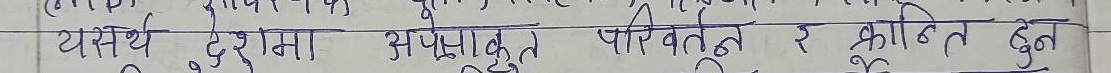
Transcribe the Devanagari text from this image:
यसर्थ देशमा अपेक्षित परिवर्तन र क्रान्ति हुन